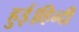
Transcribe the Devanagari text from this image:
हुई।हिन्दी